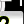
Digit: 2